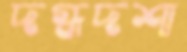
দগ্ধদশা